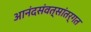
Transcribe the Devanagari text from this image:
आनंदसंवत्सांतर्गत